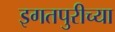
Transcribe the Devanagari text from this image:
इगतपुरीच्या